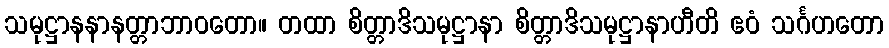
သမုဋ္ဌာနနာနတ္တာဘာဝတော။ တထာ စိတ္တာဒိသမုဋ္ဌာနာ စိတ္တာဒိသမုဋ္ဌာနာဟီတိ ဧဝံ သင်္ဂဟတော